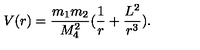
V ( r ) = \frac { m _ { 1 } m _ { 2 } } { M _ { 4 } ^ { 2 } } ( \frac { 1 } { r } + \frac { L ^ { 2 } } { r ^ { 3 } } ) .